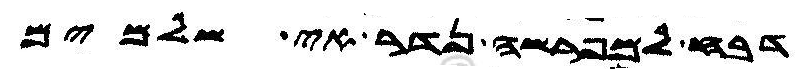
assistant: דבח למפרשה נדר אי שלמים